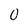
Character: 0